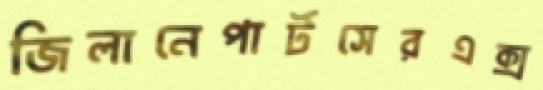
জিলানেপার্টসেরএক্স